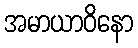
အမာယာဝိနော